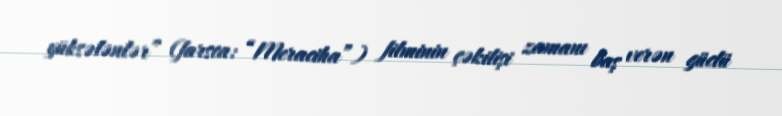
yüksələnlər” (farsca: “Meraciha”) filminin çəkilişi zamanı baş verən güclü